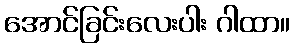
အောင်ခြင်းလေးပါး ဂါထာ။